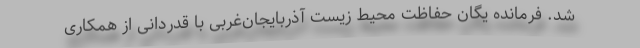
شد. فرمانده یگان حفاظت محیط زیست آذربایجان‌غربی با قدردانی از همکاری